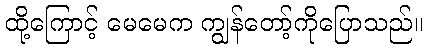
ထို့ကြောင့် မေမေက ကျွန်တော့်ကိုပြောသည်။